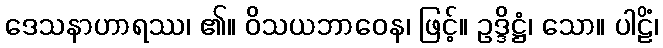
ဒေသနာဟာရဿ၊ ၏။ ဝိသယဘာဝေန၊ ဖြင့်။ ဥဒ္ဒိဋ္ဌံ၊ သော။ ပါဠိံ၊